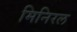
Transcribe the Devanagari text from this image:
मिनिरल